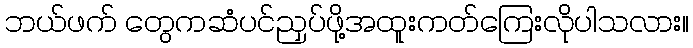
ဘယ်ဖက် တွေကဆံပင်ညှပ်ဖို့အထူးကတ်ကြေးလိုပါသလား။